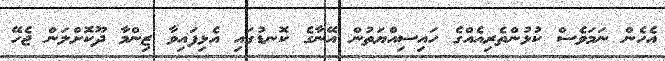
އެހެން ނަމަވެސް ކުޅުންތެރިއެއްގެ ހައިސިއްޔަތުން އޭނާގެ ކޮނޑުގައި އެޅިފައިވާ ޒިންމާ ދޫކޮށްލަން ޖެހޭ